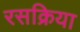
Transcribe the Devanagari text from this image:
रसक्रिया